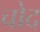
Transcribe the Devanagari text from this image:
चोद